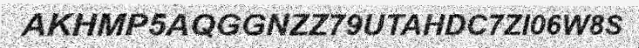
AKHMP5AQGGNZZ79UTAHDC7ZI06W8S